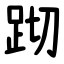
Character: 䟙